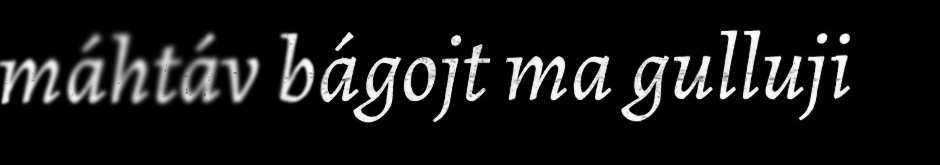
máhtáv bágojt ma gulluji